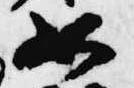
如